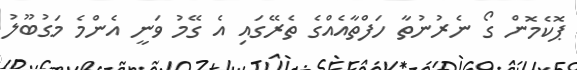
ޕޮކެމޮން ގޯ ނެރުނުތާ ހަފްތާއެއްގެ ތެރޭގައި އެ ގޭމު ވަނީ އެންމެ މަގުބޫލު